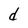
Character: d